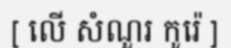
[ លើ សំណួរ កូរ៉េ ]